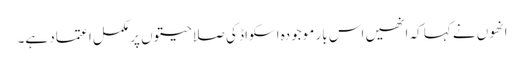
انھوں نے کہا کہ انھیں اس بار موجودہ اسکواڈ کی صلاحیتوں پر مکمل اعتماد ہے۔